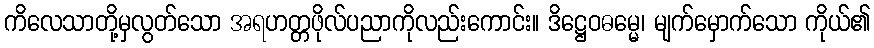
ကိလေသာတို့မှလွတ်သော အရဟတ္တဖိုလ်ပညာကိုလည်းကောင်း။ ဒိဋ္ဌေဝဓမ္မေ၊ မျက်မှောက်သော ကိုယ်၏